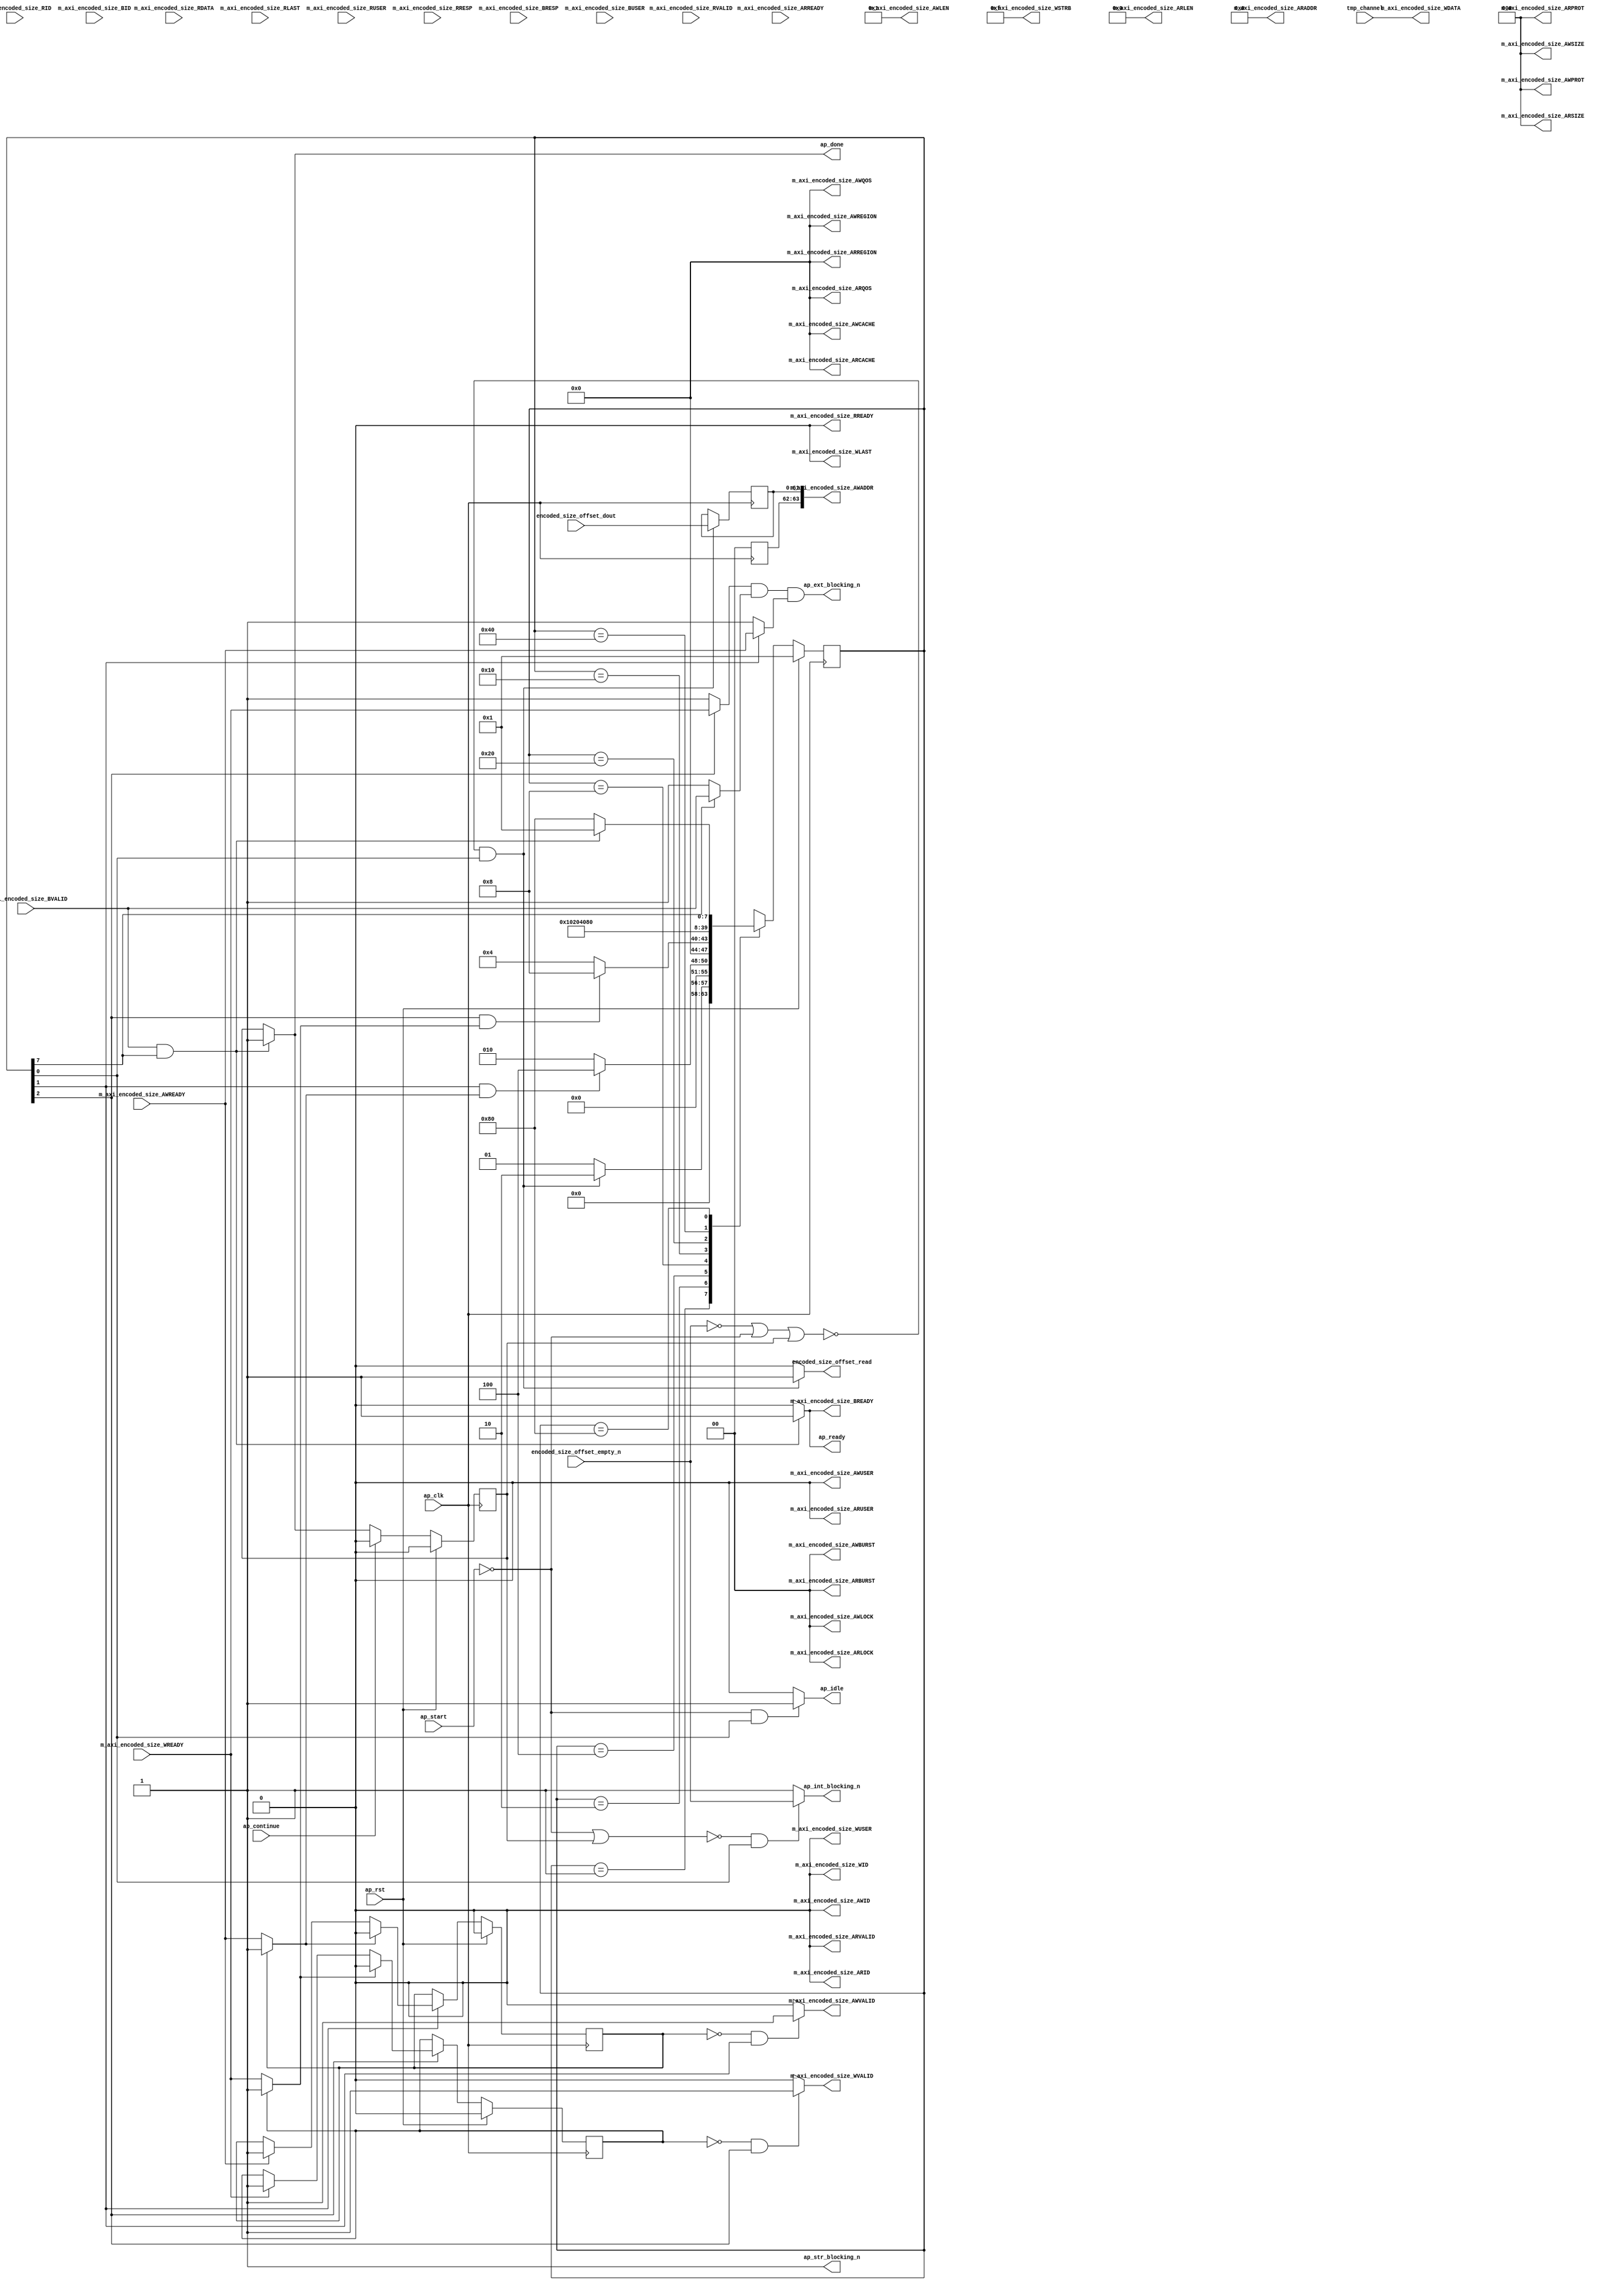
// ==============================================================
// RTL generated by Vivado(TM) HLS - High-Level Synthesis from C, C++ and SystemC
// Version: 2018.3.op
// Copyright (C) 1986-2018 Xilinx, Inc. All Rights Reserved.
// 
// ===========================================================

`timescale 1 ns / 1 ps 

module gZip_cu_gzip_Block_proc (
        ap_clk,
        ap_rst,
        ap_start,
        ap_done,
        ap_continue,
        ap_idle,
        ap_ready,
        tmp_channel,
        m_axi_encoded_size_AWVALID,
        m_axi_encoded_size_AWREADY,
        m_axi_encoded_size_AWADDR,
        m_axi_encoded_size_AWID,
        m_axi_encoded_size_AWLEN,
        m_axi_encoded_size_AWSIZE,
        m_axi_encoded_size_AWBURST,
        m_axi_encoded_size_AWLOCK,
        m_axi_encoded_size_AWCACHE,
        m_axi_encoded_size_AWPROT,
        m_axi_encoded_size_AWQOS,
        m_axi_encoded_size_AWREGION,
        m_axi_encoded_size_AWUSER,
        m_axi_encoded_size_WVALID,
        m_axi_encoded_size_WREADY,
        m_axi_encoded_size_WDATA,
        m_axi_encoded_size_WSTRB,
        m_axi_encoded_size_WLAST,
        m_axi_encoded_size_WID,
        m_axi_encoded_size_WUSER,
        m_axi_encoded_size_ARVALID,
        m_axi_encoded_size_ARREADY,
        m_axi_encoded_size_ARADDR,
        m_axi_encoded_size_ARID,
        m_axi_encoded_size_ARLEN,
        m_axi_encoded_size_ARSIZE,
        m_axi_encoded_size_ARBURST,
        m_axi_encoded_size_ARLOCK,
        m_axi_encoded_size_ARCACHE,
        m_axi_encoded_size_ARPROT,
        m_axi_encoded_size_ARQOS,
        m_axi_encoded_size_ARREGION,
        m_axi_encoded_size_ARUSER,
        m_axi_encoded_size_RVALID,
        m_axi_encoded_size_RREADY,
        m_axi_encoded_size_RDATA,
        m_axi_encoded_size_RLAST,
        m_axi_encoded_size_RID,
        m_axi_encoded_size_RUSER,
        m_axi_encoded_size_RRESP,
        m_axi_encoded_size_BVALID,
        m_axi_encoded_size_BREADY,
        m_axi_encoded_size_BRESP,
        m_axi_encoded_size_BID,
        m_axi_encoded_size_BUSER,
        encoded_size_offset_dout,
        encoded_size_offset_empty_n,
        encoded_size_offset_read,
        ap_ext_blocking_n,
        ap_str_blocking_n,
        ap_int_blocking_n
);

parameter    ap_ST_fsm_state1 = 8'd1;
parameter    ap_ST_fsm_state2 = 8'd2;
parameter    ap_ST_fsm_state3 = 8'd4;
parameter    ap_ST_fsm_state4 = 8'd8;
parameter    ap_ST_fsm_state5 = 8'd16;
parameter    ap_ST_fsm_state6 = 8'd32;
parameter    ap_ST_fsm_state7 = 8'd64;
parameter    ap_ST_fsm_state8 = 8'd128;

input   ap_clk;
input   ap_rst;
input   ap_start;
output   ap_done;
input   ap_continue;
output   ap_idle;
output   ap_ready;
input  [31:0] tmp_channel;
output   m_axi_encoded_size_AWVALID;
input   m_axi_encoded_size_AWREADY;
output  [63:0] m_axi_encoded_size_AWADDR;
output  [0:0] m_axi_encoded_size_AWID;
output  [31:0] m_axi_encoded_size_AWLEN;
output  [2:0] m_axi_encoded_size_AWSIZE;
output  [1:0] m_axi_encoded_size_AWBURST;
output  [1:0] m_axi_encoded_size_AWLOCK;
output  [3:0] m_axi_encoded_size_AWCACHE;
output  [2:0] m_axi_encoded_size_AWPROT;
output  [3:0] m_axi_encoded_size_AWQOS;
output  [3:0] m_axi_encoded_size_AWREGION;
output  [0:0] m_axi_encoded_size_AWUSER;
output   m_axi_encoded_size_WVALID;
input   m_axi_encoded_size_WREADY;
output  [31:0] m_axi_encoded_size_WDATA;
output  [3:0] m_axi_encoded_size_WSTRB;
output   m_axi_encoded_size_WLAST;
output  [0:0] m_axi_encoded_size_WID;
output  [0:0] m_axi_encoded_size_WUSER;
output   m_axi_encoded_size_ARVALID;
input   m_axi_encoded_size_ARREADY;
output  [63:0] m_axi_encoded_size_ARADDR;
output  [0:0] m_axi_encoded_size_ARID;
output  [31:0] m_axi_encoded_size_ARLEN;
output  [2:0] m_axi_encoded_size_ARSIZE;
output  [1:0] m_axi_encoded_size_ARBURST;
output  [1:0] m_axi_encoded_size_ARLOCK;
output  [3:0] m_axi_encoded_size_ARCACHE;
output  [2:0] m_axi_encoded_size_ARPROT;
output  [3:0] m_axi_encoded_size_ARQOS;
output  [3:0] m_axi_encoded_size_ARREGION;
output  [0:0] m_axi_encoded_size_ARUSER;
input   m_axi_encoded_size_RVALID;
output   m_axi_encoded_size_RREADY;
input  [31:0] m_axi_encoded_size_RDATA;
input   m_axi_encoded_size_RLAST;
input  [0:0] m_axi_encoded_size_RID;
input  [0:0] m_axi_encoded_size_RUSER;
input  [1:0] m_axi_encoded_size_RRESP;
input   m_axi_encoded_size_BVALID;
output   m_axi_encoded_size_BREADY;
input  [1:0] m_axi_encoded_size_BRESP;
input  [0:0] m_axi_encoded_size_BID;
input  [0:0] m_axi_encoded_size_BUSER;
input  [61:0] encoded_size_offset_dout;
input   encoded_size_offset_empty_n;
output   encoded_size_offset_read;
output   ap_ext_blocking_n;
output   ap_str_blocking_n;
output   ap_int_blocking_n;

reg ap_done;
reg ap_idle;
reg ap_ready;
reg m_axi_encoded_size_AWVALID;
reg m_axi_encoded_size_WVALID;
reg m_axi_encoded_size_BREADY;
reg encoded_size_offset_read;

reg    ap_done_reg;
(* fsm_encoding = "none" *) reg   [7:0] ap_CS_fsm;
wire    ap_CS_fsm_state1;
reg    encoded_size_blk_n_AW;
wire    ap_CS_fsm_state2;
reg    encoded_size_blk_n_W;
wire    ap_CS_fsm_state3;
reg    encoded_size_blk_n_B;
wire    ap_CS_fsm_state8;
reg    encoded_size_offset_blk_n;
reg   [63:0] encoded_size_addr_reg_89;
reg    ap_block_state1;
wire   [63:0] encoded_size_offset_cast_i_i_fu_79_p1;
reg    ap_reg_ioackin_m_axi_encoded_size_AWREADY;
reg    ap_sig_ioackin_m_axi_encoded_size_AWREADY;
reg    ap_reg_ioackin_m_axi_encoded_size_WREADY;
reg    ap_sig_ioackin_m_axi_encoded_size_WREADY;
reg   [7:0] ap_NS_fsm;
wire    ap_ext_blocking_cur_n;
wire    ap_int_blocking_cur_n;

// power-on initialization
initial begin
#0 ap_done_reg = 1'b0;
#0 ap_CS_fsm = 8'd1;
#0 ap_reg_ioackin_m_axi_encoded_size_AWREADY = 1'b0;
#0 ap_reg_ioackin_m_axi_encoded_size_WREADY = 1'b0;
end

always @ (posedge ap_clk) begin
    if (ap_rst == 1'b1) begin
        ap_CS_fsm <= ap_ST_fsm_state1;
    end else begin
        ap_CS_fsm <= ap_NS_fsm;
    end
end

always @ (posedge ap_clk) begin
    if (ap_rst == 1'b1) begin
        ap_done_reg <= 1'b0;
    end else begin
        if ((ap_continue == 1'b1)) begin
            ap_done_reg <= 1'b0;
        end else if (((m_axi_encoded_size_BVALID == 1'b1) & (1'b1 == ap_CS_fsm_state8))) begin
            ap_done_reg <= 1'b1;
        end
    end
end

always @ (posedge ap_clk) begin
    if (ap_rst == 1'b1) begin
        ap_reg_ioackin_m_axi_encoded_size_AWREADY <= 1'b0;
    end else begin
        if ((1'b1 == ap_CS_fsm_state2)) begin
            if ((ap_sig_ioackin_m_axi_encoded_size_AWREADY == 1'b1)) begin
                ap_reg_ioackin_m_axi_encoded_size_AWREADY <= 1'b0;
            end else if ((m_axi_encoded_size_AWREADY == 1'b1)) begin
                ap_reg_ioackin_m_axi_encoded_size_AWREADY <= 1'b1;
            end
        end
    end
end

always @ (posedge ap_clk) begin
    if (ap_rst == 1'b1) begin
        ap_reg_ioackin_m_axi_encoded_size_WREADY <= 1'b0;
    end else begin
        if ((1'b1 == ap_CS_fsm_state3)) begin
            if ((ap_sig_ioackin_m_axi_encoded_size_WREADY == 1'b1)) begin
                ap_reg_ioackin_m_axi_encoded_size_WREADY <= 1'b0;
            end else if ((m_axi_encoded_size_WREADY == 1'b1)) begin
                ap_reg_ioackin_m_axi_encoded_size_WREADY <= 1'b1;
            end
        end
    end
end

always @ (posedge ap_clk) begin
    if ((~((encoded_size_offset_empty_n == 1'b0) | (ap_start == 1'b0) | (ap_done_reg == 1'b1)) & (1'b1 == ap_CS_fsm_state1))) begin
        encoded_size_addr_reg_89[61 : 0] <= encoded_size_offset_cast_i_i_fu_79_p1[61 : 0];
    end
end

always @ (*) begin
    if (((m_axi_encoded_size_BVALID == 1'b1) & (1'b1 == ap_CS_fsm_state8))) begin
        ap_done = 1'b1;
    end else begin
        ap_done = ap_done_reg;
    end
end

always @ (*) begin
    if (((ap_start == 1'b0) & (1'b1 == ap_CS_fsm_state1))) begin
        ap_idle = 1'b1;
    end else begin
        ap_idle = 1'b0;
    end
end

always @ (*) begin
    if (((m_axi_encoded_size_BVALID == 1'b1) & (1'b1 == ap_CS_fsm_state8))) begin
        ap_ready = 1'b1;
    end else begin
        ap_ready = 1'b0;
    end
end

always @ (*) begin
    if ((ap_reg_ioackin_m_axi_encoded_size_AWREADY == 1'b0)) begin
        ap_sig_ioackin_m_axi_encoded_size_AWREADY = m_axi_encoded_size_AWREADY;
    end else begin
        ap_sig_ioackin_m_axi_encoded_size_AWREADY = 1'b1;
    end
end

always @ (*) begin
    if ((ap_reg_ioackin_m_axi_encoded_size_WREADY == 1'b0)) begin
        ap_sig_ioackin_m_axi_encoded_size_WREADY = m_axi_encoded_size_WREADY;
    end else begin
        ap_sig_ioackin_m_axi_encoded_size_WREADY = 1'b1;
    end
end

always @ (*) begin
    if ((1'b1 == ap_CS_fsm_state2)) begin
        encoded_size_blk_n_AW = m_axi_encoded_size_AWREADY;
    end else begin
        encoded_size_blk_n_AW = 1'b1;
    end
end

always @ (*) begin
    if ((1'b1 == ap_CS_fsm_state8)) begin
        encoded_size_blk_n_B = m_axi_encoded_size_BVALID;
    end else begin
        encoded_size_blk_n_B = 1'b1;
    end
end

always @ (*) begin
    if ((1'b1 == ap_CS_fsm_state3)) begin
        encoded_size_blk_n_W = m_axi_encoded_size_WREADY;
    end else begin
        encoded_size_blk_n_W = 1'b1;
    end
end

always @ (*) begin
    if ((~((ap_start == 1'b0) | (ap_done_reg == 1'b1)) & (1'b1 == ap_CS_fsm_state1))) begin
        encoded_size_offset_blk_n = encoded_size_offset_empty_n;
    end else begin
        encoded_size_offset_blk_n = 1'b1;
    end
end

always @ (*) begin
    if ((~((encoded_size_offset_empty_n == 1'b0) | (ap_start == 1'b0) | (ap_done_reg == 1'b1)) & (1'b1 == ap_CS_fsm_state1))) begin
        encoded_size_offset_read = 1'b1;
    end else begin
        encoded_size_offset_read = 1'b0;
    end
end

always @ (*) begin
    if (((ap_reg_ioackin_m_axi_encoded_size_AWREADY == 1'b0) & (1'b1 == ap_CS_fsm_state2))) begin
        m_axi_encoded_size_AWVALID = 1'b1;
    end else begin
        m_axi_encoded_size_AWVALID = 1'b0;
    end
end

always @ (*) begin
    if (((m_axi_encoded_size_BVALID == 1'b1) & (1'b1 == ap_CS_fsm_state8))) begin
        m_axi_encoded_size_BREADY = 1'b1;
    end else begin
        m_axi_encoded_size_BREADY = 1'b0;
    end
end

always @ (*) begin
    if (((ap_reg_ioackin_m_axi_encoded_size_WREADY == 1'b0) & (1'b1 == ap_CS_fsm_state3))) begin
        m_axi_encoded_size_WVALID = 1'b1;
    end else begin
        m_axi_encoded_size_WVALID = 1'b0;
    end
end

always @ (*) begin
    case (ap_CS_fsm)
        ap_ST_fsm_state1 : begin
            if ((~((encoded_size_offset_empty_n == 1'b0) | (ap_start == 1'b0) | (ap_done_reg == 1'b1)) & (1'b1 == ap_CS_fsm_state1))) begin
                ap_NS_fsm = ap_ST_fsm_state2;
            end else begin
                ap_NS_fsm = ap_ST_fsm_state1;
            end
        end
        ap_ST_fsm_state2 : begin
            if (((1'b1 == ap_CS_fsm_state2) & (ap_sig_ioackin_m_axi_encoded_size_AWREADY == 1'b1))) begin
                ap_NS_fsm = ap_ST_fsm_state3;
            end else begin
                ap_NS_fsm = ap_ST_fsm_state2;
            end
        end
        ap_ST_fsm_state3 : begin
            if (((1'b1 == ap_CS_fsm_state3) & (ap_sig_ioackin_m_axi_encoded_size_WREADY == 1'b1))) begin
                ap_NS_fsm = ap_ST_fsm_state4;
            end else begin
                ap_NS_fsm = ap_ST_fsm_state3;
            end
        end
        ap_ST_fsm_state4 : begin
            ap_NS_fsm = ap_ST_fsm_state5;
        end
        ap_ST_fsm_state5 : begin
            ap_NS_fsm = ap_ST_fsm_state6;
        end
        ap_ST_fsm_state6 : begin
            ap_NS_fsm = ap_ST_fsm_state7;
        end
        ap_ST_fsm_state7 : begin
            ap_NS_fsm = ap_ST_fsm_state8;
        end
        ap_ST_fsm_state8 : begin
            if (((m_axi_encoded_size_BVALID == 1'b1) & (1'b1 == ap_CS_fsm_state8))) begin
                ap_NS_fsm = ap_ST_fsm_state1;
            end else begin
                ap_NS_fsm = ap_ST_fsm_state8;
            end
        end
        default : begin
            ap_NS_fsm = 'bx;
        end
    endcase
end

assign ap_CS_fsm_state1 = ap_CS_fsm[32'd0];

assign ap_CS_fsm_state2 = ap_CS_fsm[32'd1];

assign ap_CS_fsm_state3 = ap_CS_fsm[32'd2];

assign ap_CS_fsm_state8 = ap_CS_fsm[32'd7];

always @ (*) begin
    ap_block_state1 = ((encoded_size_offset_empty_n == 1'b0) | (ap_start == 1'b0) | (ap_done_reg == 1'b1));
end

assign ap_ext_blocking_cur_n = (encoded_size_blk_n_W & encoded_size_blk_n_B & encoded_size_blk_n_AW);

assign ap_ext_blocking_n = (ap_ext_blocking_cur_n & 1'b1);

assign ap_int_blocking_cur_n = encoded_size_offset_blk_n;

assign ap_int_blocking_n = (ap_int_blocking_cur_n & 1'b1);

assign ap_str_blocking_n = (1'b1 & 1'b1);

assign encoded_size_offset_cast_i_i_fu_79_p1 = encoded_size_offset_dout;

assign m_axi_encoded_size_ARADDR = 64'd0;

assign m_axi_encoded_size_ARBURST = 2'd0;

assign m_axi_encoded_size_ARCACHE = 4'd0;

assign m_axi_encoded_size_ARID = 1'd0;

assign m_axi_encoded_size_ARLEN = 32'd0;

assign m_axi_encoded_size_ARLOCK = 2'd0;

assign m_axi_encoded_size_ARPROT = 3'd0;

assign m_axi_encoded_size_ARQOS = 4'd0;

assign m_axi_encoded_size_ARREGION = 4'd0;

assign m_axi_encoded_size_ARSIZE = 3'd0;

assign m_axi_encoded_size_ARUSER = 1'd0;

assign m_axi_encoded_size_ARVALID = 1'b0;

assign m_axi_encoded_size_AWADDR = encoded_size_addr_reg_89;

assign m_axi_encoded_size_AWBURST = 2'd0;

assign m_axi_encoded_size_AWCACHE = 4'd0;

assign m_axi_encoded_size_AWID = 1'd0;

assign m_axi_encoded_size_AWLEN = 32'd1;

assign m_axi_encoded_size_AWLOCK = 2'd0;

assign m_axi_encoded_size_AWPROT = 3'd0;

assign m_axi_encoded_size_AWQOS = 4'd0;

assign m_axi_encoded_size_AWREGION = 4'd0;

assign m_axi_encoded_size_AWSIZE = 3'd0;

assign m_axi_encoded_size_AWUSER = 1'd0;

assign m_axi_encoded_size_RREADY = 1'b0;

assign m_axi_encoded_size_WDATA = tmp_channel;

assign m_axi_encoded_size_WID = 1'd0;

assign m_axi_encoded_size_WLAST = 1'b0;

assign m_axi_encoded_size_WSTRB = 4'd15;

assign m_axi_encoded_size_WUSER = 1'd0;

always @ (posedge ap_clk) begin
    encoded_size_addr_reg_89[63:62] <= 2'b00;
end

endmodule //gZip_cu_gzip_Block_proc